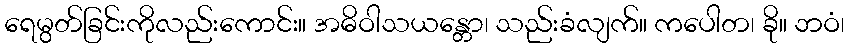
ရေမွတ်ခြင်းကိုလည်းကောင်း။ အဓိဝါသယန္တော၊ သည်းခံလျက်။ ကပေါတ၊ ခို။ ဘဝံ၊